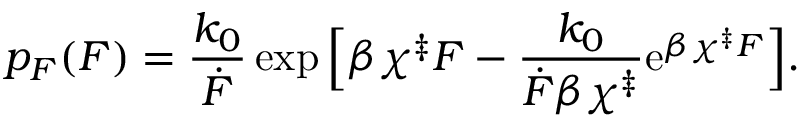
p _ { F } ( F ) = \frac { k _ { 0 } } { \dot { F } } \exp { \Big [ \beta \chi ^ { \ddag } F - \frac { k _ { 0 } } { \dot { F } \beta \chi ^ { \ddag } } \mathrm { e } ^ { \beta \chi ^ { \ddag } F } \Big ] } .